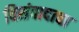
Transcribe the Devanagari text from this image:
विसंवादाचा